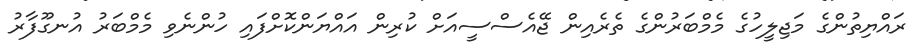
ރައްޔިތުންގެ މަޖިލީހުގެ މެމްބަރުންގެ ތެރެއިން ޖޭއެސްސީއަށް ކުރިން އައްޔަންކޮށްފައި ހުންނެވި މެމްބަރު އުނގޫފާރު